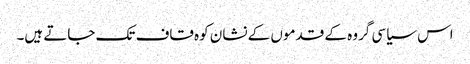
اس سیاسی گروہ کے قدموں کے نشان کوہ قاف تک جاتے ہیں۔